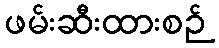
ဖမ်းဆီးထားစဉ်